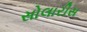
સોલારીસ